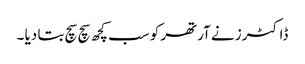
ڈاکٹرز نے آرتھر کو سب کچھ سچ سچ بتا دیا ۔